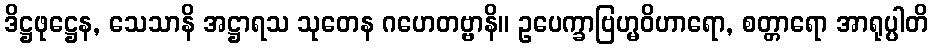
ဒိဋ္ဌဖုဋ္ဌေန, သေသာနိ အဋ္ဌာရသ သုတေန ဂဟေတဗ္ဗာနိ။ ဥပေက္ခာဗြဟ္မဝိဟာရော, စတ္တာရော အာရုပ္ပါတိ